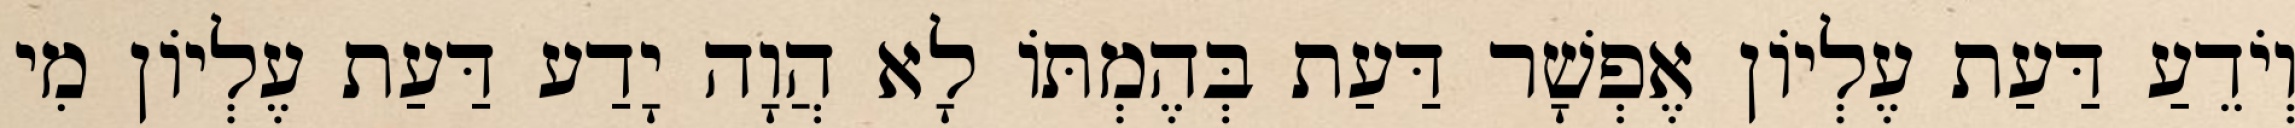
וְיֹדֵעַ דַּעַת עֶלְיוֹן אֶפְשָׁר דַּעַת בְּהֶמְתּוֹ לָא הֲוָה יָדַע דַּעַת עֶלְיוֹן מִי